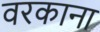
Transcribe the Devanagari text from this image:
वरकाना